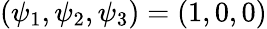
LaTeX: (\psi_{1},\psi_{2},\psi_{3})=(1,0,0)